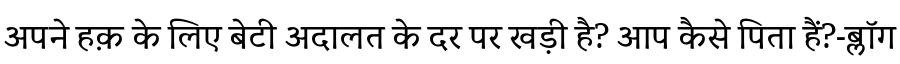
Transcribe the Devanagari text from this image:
अपने हक़ के लिए बेटी अदालत के दर पर खड़ी है? आप कैसे पिता हैं?-ब्लॉग